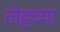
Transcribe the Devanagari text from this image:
लेहच्या